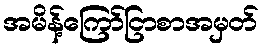
အမိန့်ကြော်ငြာစာအမှတ်